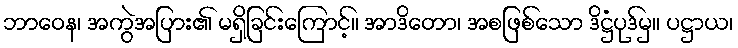
ဘာဝေန၊ အကွဲအပြား၏ မရှိခြင်းကြောင့်။ အာဒိတော၊ အစဖြစ်သော ဒိဋ္ဌံပုဒ်မှ။ ပဋ္ဌာယ၊